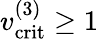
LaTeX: v_{\mathrm{crit}}^{(3)}\geq 1